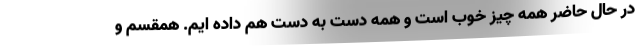
در حال حاضر همه چیز خوب است و همه دست به دست هم داده ایم. همقسم و